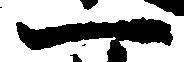
一